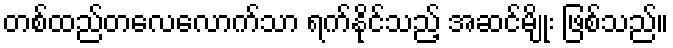
တစ်ထည်တလေလောက်သာ ရက်နိုင်သည့် အဆင်မျိုး ဖြစ်သည်။